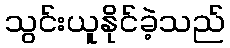
သွင်းယူနိုင်ခဲ့သည်